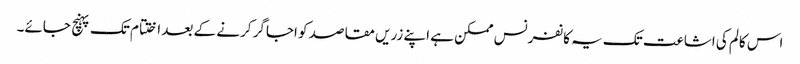
اس کالم کی اشاعت تک یہ کانفرنس ممکن ہے اپنے زریں مقاصد کو اجاگر کرنے کے بعد اختتام تک پہنچ جائے۔